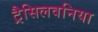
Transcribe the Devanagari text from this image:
ट्रैसिलवनिया